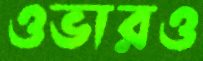
ওভারও